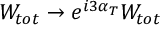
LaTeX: W _ { t o t } \rightarrow e ^ { i 3 \alpha _ { T } } W _ { t o t }